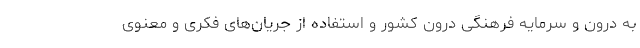
به درون و سرمایه فرهنگی درون کشور و استفاده از جریان‌های فکری و معنوی